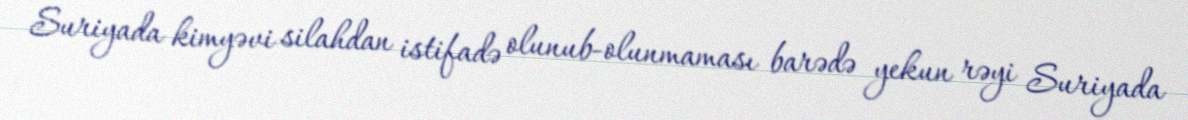
Suriyada kimyəvi silahdan istifadə olunub-olunmaması barədə yekun rəyi Suriyada